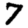
Digit: 7